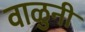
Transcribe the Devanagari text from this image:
वाळुनी